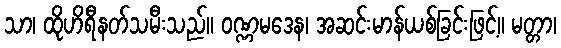
သာ၊ ထိုဟိရီနတ်သမီးသည်။ ဝဏ္ဏမဒေန၊ အဆင်းမာန်ယစ်ခြင်းဖြင့်။ မတ္တာ၊